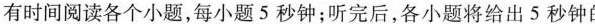
有时间阅读各个小题,每小题 5 秒钟;听完后,各小题将给出 5 秒钟 &